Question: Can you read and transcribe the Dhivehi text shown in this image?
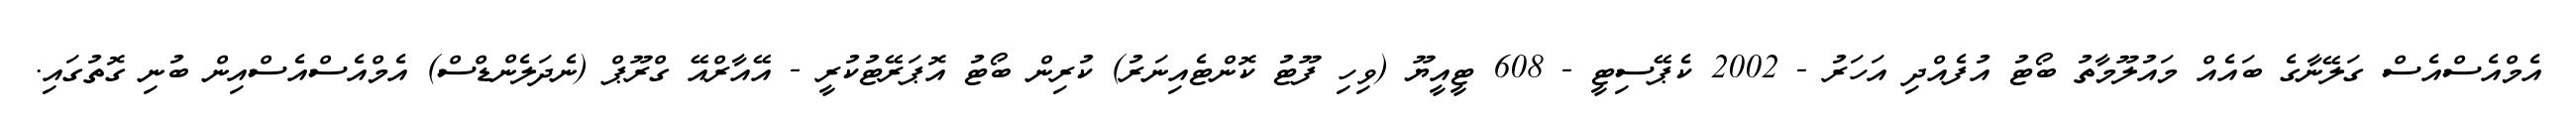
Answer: އެމްއެސްއެސް ގަލޭނާގެ ބައެއް މައުލޫމާތު ބޯޓު އުފެއްދި އަހަރު - 2002 ކެޕޭސިޓީ - 608 ޓީއީޔޫ (ވިހި ފޫޓު ކޮންޓެއިނަރު) ކުރިން ބޯޓު އޮޕަރޭޓުކުރީ - އޭއާރްއޭ ގްރޫޕް (ނެދަލެންޑްސް) އެމްއެސްއެސްއިން ބުނި ގޮތުގައި.